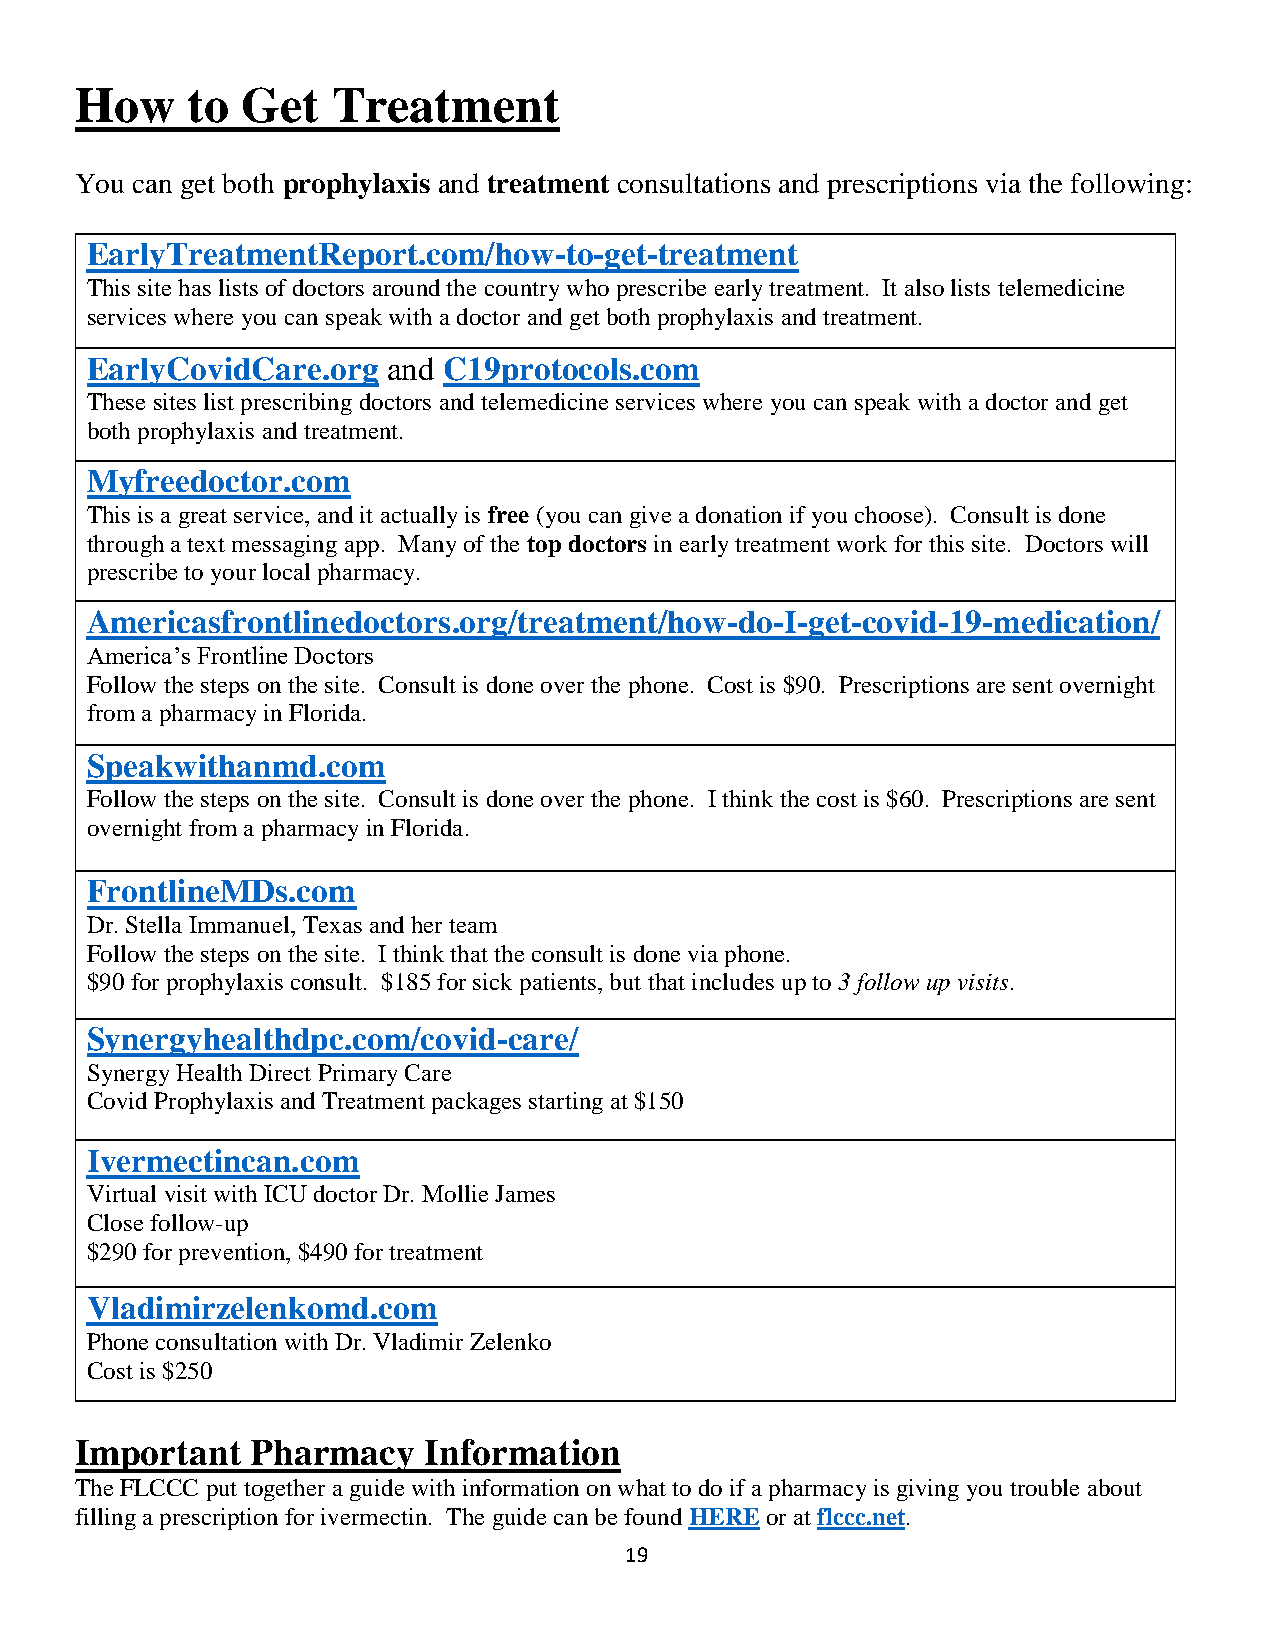
How    to  Get   Treatment
 You can get both prophylaxis and treatment consultations and prescriptions via the following:
 EarlyTreatmentReport.com/how-to-get-treatment
 This site has lists of doctors around the country who prescribe early treatment. It also lists telemedicine
 services where you can speak with a doctor and get both prophylaxis and treatment.
 EarlyCovidCare.org  and C19protocols.com
 These sites list prescribing doctors and telemedicine services where you can speak with a doctor and get
 both prophylaxis and treatment.
 Myfreedoctor.com
 This is a great service, and it actually is free (you can give a donation if you choose). Consult is done
 through a text messaging app. Many of the top doctors in early treatment work for this site. Doctors will
 prescribe to your local pharmacy.
 Americasfrontlinedoctors.org/treatment/how-do-I-get-covid-19-medication/
 America’s Frontline Doctors
 Follow the steps on the site. Consult is done over the phone. Cost is $90. Prescriptions are sent overnight
 from a pharmacy in Florida.
 Speakwithanmd.com
 Follow the steps on the site. Consult is done over the phone. I think the cost is $60. Prescriptions are sent
 overnight from a pharmacy in Florida.
 FrontlineMDs.com
 Dr. Stella Immanuel, Texas and her team
 Follow the steps on the site. I think that the consult is done via phone.
 $90 for prophylaxis consult. $185 for sick patients, but that includes up to 3 follow up visits.
 Synergyhealthdpc.com/covid-care/
 Synergy Health Direct Primary Care
 Covid Prophylaxis and Treatment packages starting at $150
 Ivermectincan.com
 Virtual visit with ICU doctor Dr. Mollie James
 Close follow-up
 $290 for prevention, $490 for treatment
 Vladimirzelenkomd.com
 Phone consultation with Dr. Vladimir Zelenko
 Cost is $250
 Important   Pharmacy   Information
 The FLCCC put together a guide with information on what to do if a pharmacy is giving you trouble about
 filling a prescription for ivermectin. The guide can be found HERE or at flccc.net.
 19